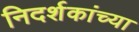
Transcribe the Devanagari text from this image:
निदर्शकांच्या